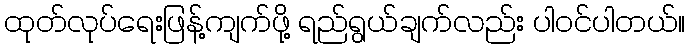
ထုတ်လုပ်ရေးဖြန့်ကျက်ဖို့ ရည်ရွယ်ချက်လည်း ပါဝင်ပါတယ်။